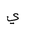
Letter: _ya